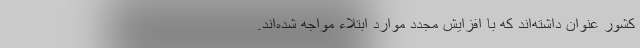
کشور عنوان داشته‌اند که با افزایش مجدد موارد ابتلاء مواجه شده‌اند.